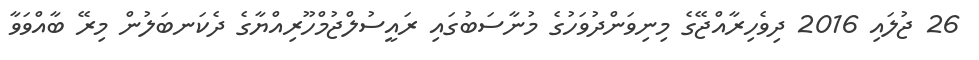
26 ޖުލައި 2016 ދިވެހިރާއްޖޭގެ މިނިވަންދުވަހުގެ މުނާސަބުގައި ރައީސުލްޖުމްހޫރިއްޔާގެ ދެކަނބަލުން މިރޭ ބާއްވަވާ